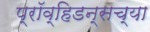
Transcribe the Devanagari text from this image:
प्रॉव्हिडन्सच्या